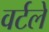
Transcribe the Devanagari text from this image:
वर्टले